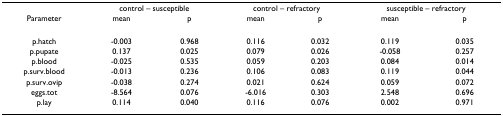
<table><thead><tr><td></td><td colspan="2"><b>control – susceptible</b></td><td colspan="2"><b>control – refractory</b></td><td colspan="2"><b>susceptible – refractory</b></td></tr><tr><td><b>Parameter</b></td><td><b>mean</b></td><td><b>p</b></td><td><b>mean</b></td><td><b>p</b></td><td><b>mean</b></td><td><b>p</b></td></tr></thead><tbody><tr><td>p.hatch</td><td>-0.003</td><td>0.968</td><td>0.116</td><td>0.032</td><td>0.119</td><td>0.035</td></tr><tr><td>p.pupate</td><td>0.137</td><td>0.025</td><td>0.079</td><td>0.026</td><td>-0.058</td><td>0.257</td></tr><tr><td>p.blood</td><td>-0.025</td><td>0.535</td><td>0.059</td><td>0.203</td><td>0.084</td><td>0.014</td></tr><tr><td>p.surv.blood</td><td>-0.013</td><td>0.236</td><td>0.106</td><td>0.083</td><td>0.119</td><td>0.044</td></tr><tr><td>p.surv.ovip</td><td>-0.038</td><td>0.274</td><td>0.021</td><td>0.624</td><td>0.059</td><td>0.072</td></tr><tr><td>eggs.tot</td><td>-8.564</td><td>0.076</td><td>-6.016</td><td>0.303</td><td>2.548</td><td>0.696</td></tr><tr><td>p.lay</td><td>0.114</td><td>0.040</td><td>0.116</td><td>0.076</td><td>0.002</td><td>0.971</td></tr></tbody></table>